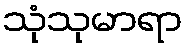
သုံသုမာရာ